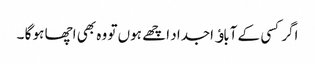
اگر کسی کے آباﺅ اجداد اچھے ہوں تو وہ بھی اچھا ہو گا ۔